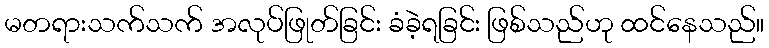
မတရားသက်သက် အလုပ်ဖြုတ်ခြင်း ခံခဲ့ရခြင်း ဖြစ်သည်ဟု ထင်နေသည်။